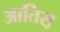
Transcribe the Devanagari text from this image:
आतिस़